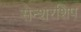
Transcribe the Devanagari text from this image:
सेन्शरशिप